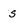
Character: s